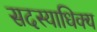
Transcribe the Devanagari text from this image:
सदस्याधिक्य